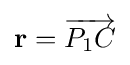
{\textstyle \mathbf {r} ={\overrightarrow {P_{1}C}}}